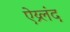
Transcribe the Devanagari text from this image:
ऐय्र्लंद